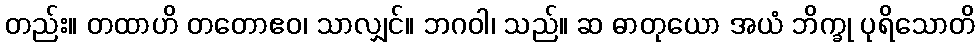
တည်း။ တထာဟိ တတောဧဝ၊ သာလျှင်။ ဘဂဝါ၊ သည်။ ဆ ဓာတုယော အယံ ဘိက္ခု ပုရိသောတိ